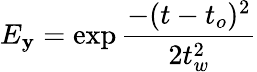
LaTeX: E_{\mathbf{y}}=\exp{\frac{{-(t-t_{o})^{2}}}{{2t_{w}^{2}}}}